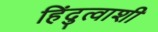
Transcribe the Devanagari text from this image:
हिंदुत्वाशी